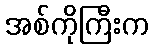
အစ်ကိုကြီးက